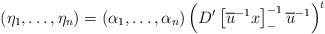
LaTeX: \begin{align*}(\eta_1,\dots, \eta_n)=(\alpha_1,\dots, \alpha_n)\left(D'\left[\overline{u}^{-1}x\right]_-^{-1}\overline{u}^{-1}\right)^t\end{align*}